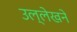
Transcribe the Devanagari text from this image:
उल्लेखने